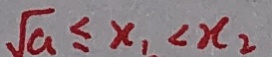
\sqrt { a } \leq x _ { 1 } < x _ { 2 }